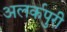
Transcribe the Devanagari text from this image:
अलर्कपुरी